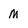
Character: m